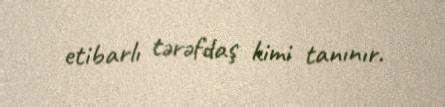
etibarlı tərəfdaş kimi tanınır.